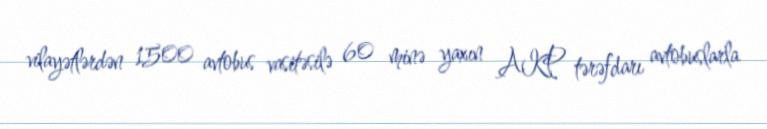
vilayətlərdən 1500 avtobus vasitəsilə 60 minə yaxın AKP tərəfdarı avtobuslarla